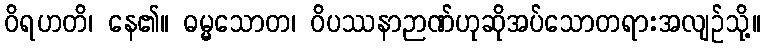
ဝိရဟတိ၊ နေ၏။ ဓမ္မသောတ၊ ဝိပဿနာဉာဏ်ဟုဆိုအပ်သောတရားအလျဉ်သို့။